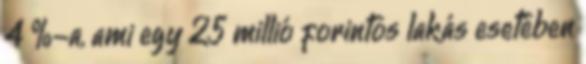
4 %-a, ami egy 25 millió forintos lakás esetében